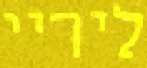
ליריי